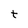
Character: t